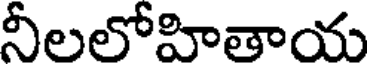
నీలలోహితాయ